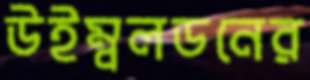
উইম্বলডনের